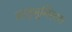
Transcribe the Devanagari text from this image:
मातृभूमिला।